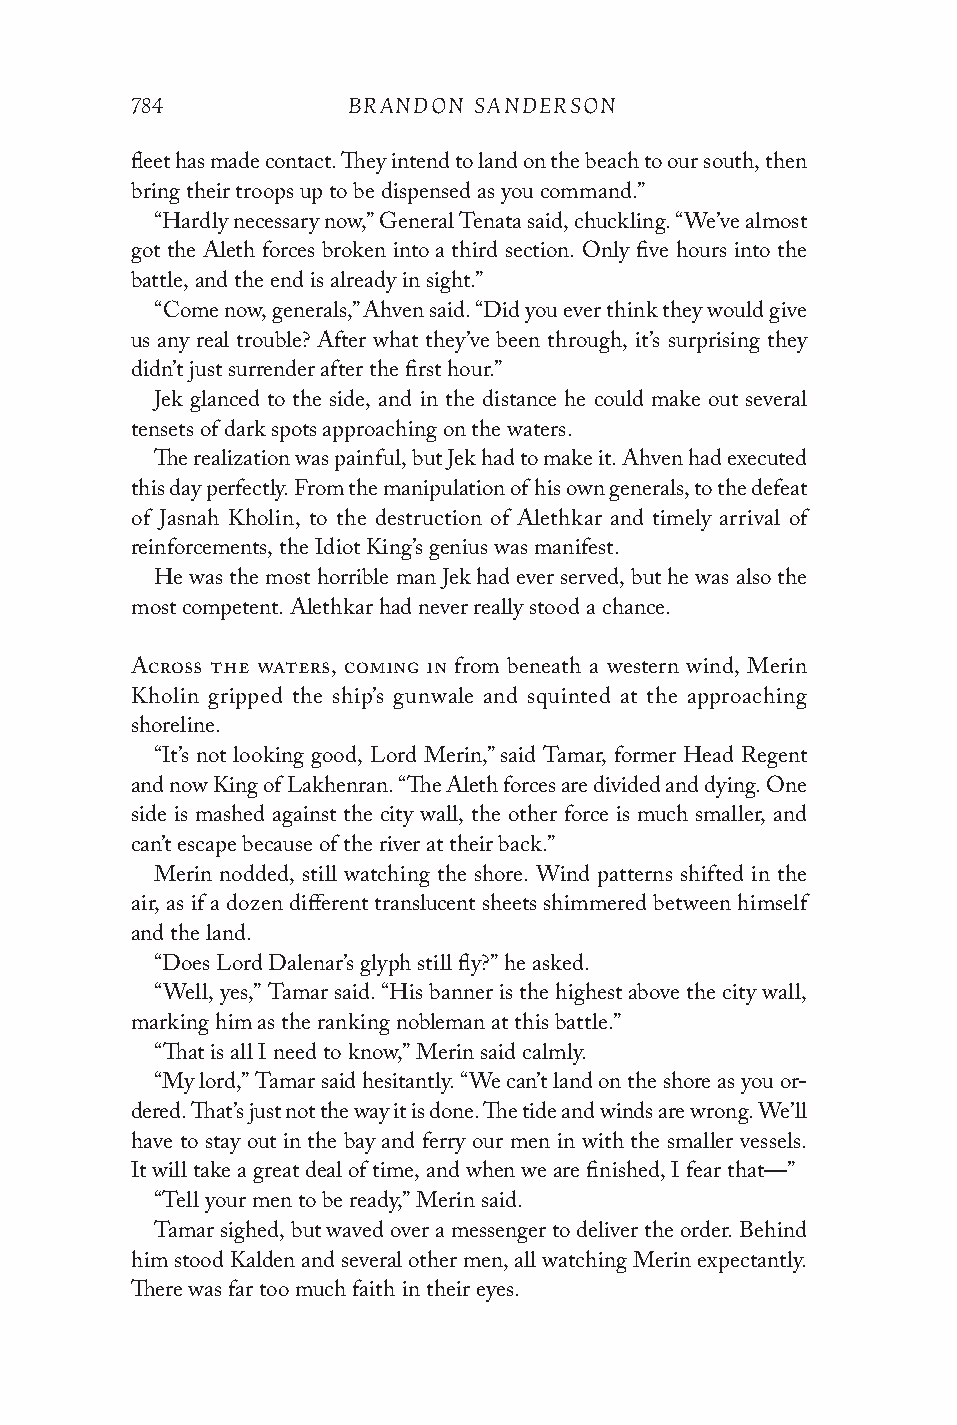
784           BRANDON SANDERSON
 fleet has made contact. They intend to land on the beach to our south, then
 bring their troops up to be dispensed as you command.”
 “Hardly necessary now,” General Tenata said, chuckling. “We’ve almost
 got the Aleth forces broken into a third section. Only five hours into the
 battle, and the end is already in sight.”
 “Come now, generals,” Ahven said. “Did you ever think they would give
 us any real trouble? After what they’ve been through, it’s surprising they
 didn’t just surrender after the first hour.”
 Jek glanced to the side, and in the distance he could make out several
 tensets of dark spots approaching on the waters.
 The realization was painful, but Jek had to make it. Ahven had executed
 this day perfectly. From the manipulation of his own generals, to the defeat
 of Jasnah Kholin, to the destruction of Alethkar and timely arrival of
 reinforcements, the Idiot King’s genius was manifest.
 He was the most horrible man Jek had ever served, but he was also the
 most competent. Alethkar had never really stood a chance.
 Across the waters, coming in from beneath a western wind, Merin
 Kholin gripped the ship’s gunwale and squinted at the approaching
 shoreline.
 “It’s not looking good, Lord Merin,” said Tamar, former Head Regent
 and now King of Lakhenran. “The Aleth forces are divided and dying. One
 side is mashed against the city wall, the other force is much smaller, and
 can’t escape because of the river at their back.”
 Merin nodded, still watching the shore. Wind patterns shifted in the
 air, as if a dozen different translucent sheets shimmered between himself
 and the land.
 “Does Lord Dalenar’s glyph still fly?” he asked.
 “Well, yes,” Tamar said. “His banner is the highest above the city wall,
 marking him as the ranking nobleman at this battle.”
 “That is all I need to know,” Merin said calmly.
 “My lord,” Tamar said hesitantly. “We can’t land on the shore as you or-
 dered. That’s just not the way it is done. The tide and winds are wrong. We’ll
 have to stay out in the bay and ferry our men in with the smaller vessels.
 It will take a great deal of time, and when we are finished, I fear that—”
 “Tell your men to be ready,” Merin said.
 Tamar sighed, but waved over a messenger to deliver the order. Behind
 him stood Kalden and several other men, all watching Merin expectantly.
 There was far too much faith in their eyes.